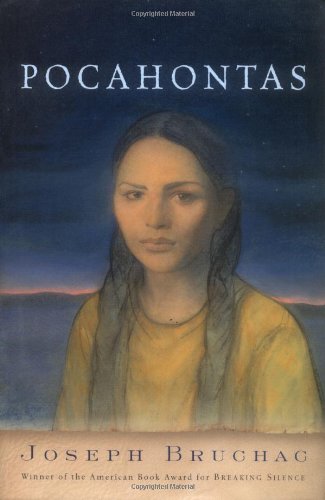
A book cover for Pocahontas; Joseph Bruchac; Teen & Young Adult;